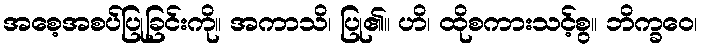
အစေ့အစပ်ပြုခြင်းကို။ အကာသိ၊ ပြု၏။ ဟိ၊ ထိုစကားသင့်စွ။ ဘိက္ခဝေ၊